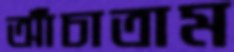
আঁচাতাম